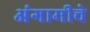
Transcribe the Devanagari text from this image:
अंगामीचे